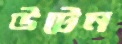
উটেন